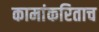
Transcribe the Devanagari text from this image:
कामांकरिताच